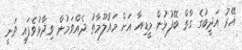
އޭރު އަދީބުގެ ގާތް ބޭފުޅުން މީޑިއާ އަށް މައުލޫމާތު ދެއްވަމުން ވިދާޅުވެފައި ވަނީ